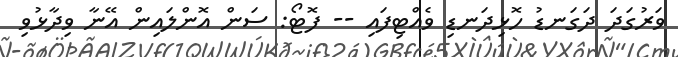
ވަރުގަަދަ ދަގަނޑު ހޮޅިދަނޑި ވެއްޓިފައި -- ފޮޓޯ: ސަން އޮންލައިން އޭނާ ވިދާޅުވި